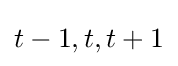
t-1,t,t+1